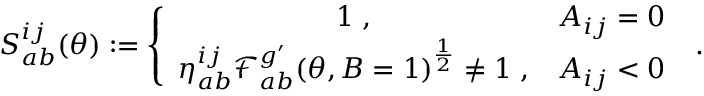
S _ { a b } ^ { i j } ( \theta ) : = \left\{ \begin{array} { c c } { { 1 \; , } } & { { A _ { i j } = 0 } } \\ { { \eta _ { a b } ^ { i j } \mathcal { F } _ { a b } ^ { g ^ { \prime } } ( \theta , B = 1 ) ^ { \frac { 1 } { 2 } } \neq 1 \; , } } & { { A _ { i j } < 0 } } \end{array} \right. \; .